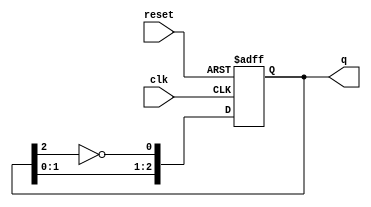
module JohnsonCounter #(parameter N = 3) (
    input wire clk,       // Clock input
    input wire reset,     // Asynchronous reset input
    output reg [N-1:0] q  // Output state
);

// Internal signal for the inverted last flip-flop output
wire feedback;

// Assign feedback as the inverted output of the last flip-flop
assign feedback = ~q[N-1];

// Always block for the Johnson counter
always @(posedge clk or posedge reset) begin
    if (reset) begin
        q <= 0;  // Reset the counter to 0
    end else begin
        // Shift the values and apply feedback
        q <= {q[N-2:0], feedback};
    end
end

endmodule